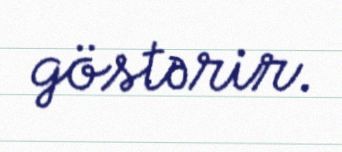
göstərir.